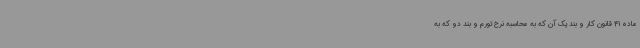
ماده 41 قانون کار و بند یک آن که به محاسبه نرخ تورم و بند دو که به